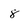
Character: 8